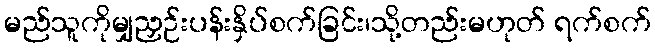
မည်သူကိုမျှညှဉ်းပန်းနှိပ်စက်ခြင်း၊သို့တည်းမဟုတ် ရက်စက်